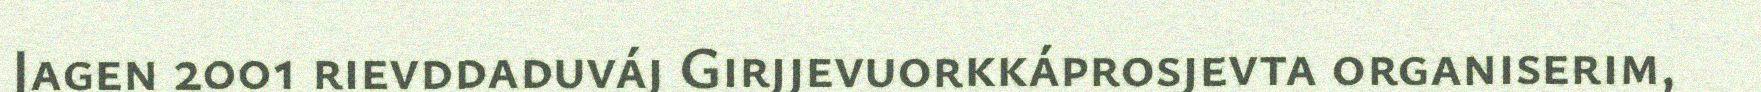
Jagen 2001 rievddaduváj Girjjevuorkkáprosjevta organiserim,